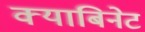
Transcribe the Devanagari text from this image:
क्याबिनेट